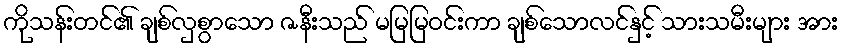
ကိုသန်းတင်၏ ချစ်လှစွာသော ဇနီးသည် မမြမြဝင်းကာ ချစ်သောလင်နှင့် သားသမီးများ အား